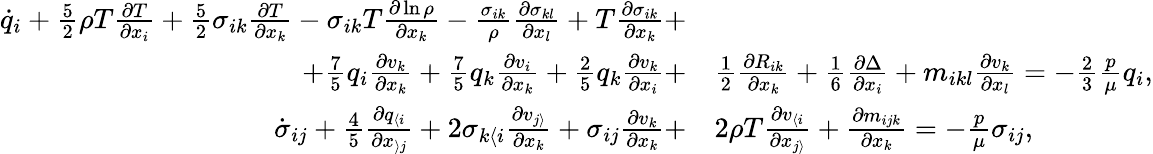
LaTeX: \begin{array}{rl}{\dot{q}_{i}+\frac{5}{2}\rho T\frac{\partial T}{\partial x_{i}}+\frac{5}{2}\sigma_{ik}\frac{\partial T}{\partial x_{k}}-\sigma_{ik}T\frac{\partial\ln\rho}{\partial x_{k}}-\frac{\sigma_{ik}}{\rho}\frac{\partial\sigma_{kl}}{\partial x_{l}}+T\frac{\partial\sigma_{ik}}{\partial x_{k}}+}&{}\\ {+\frac{7}{5}q_{i}\frac{\partial v_{k}}{\partial x_{k}}+\frac{7}{5}q_{k}\frac{\partial v_{i}}{\partial x_{k}}+\frac{2}{5}q_{k}\frac{\partial v_{k}}{\partial x_{i}}+}&{\frac{1}{2}\frac{\partial R_{ik}}{\partial x_{k}}+\frac{1}{6}\frac{\partial\Delta}{\partial x_{i}}+m_{ikl}\frac{\partial v_{k}}{\partial x_{l}}=-\frac{2}{3}\frac{p}{\mu}q_{i},}\\ {\dot{\sigma}_{ij}+\frac{4}{5}\frac{\partial q_{\langle i}}{\partial x_{\rangle j}}+2\sigma_{k\langle i}\frac{\partial v_{j\rangle}}{\partial x_{k}}+\sigma_{ij}\frac{\partial v_{k}}{\partial x_{k}}+}&{2\rho T\frac{\partial v_{\langle i}}{\partial x_{j\rangle}}+\frac{\partial m_{ijk}}{\partial x_{k}}=-\frac{p}{\mu}\sigma_{ij},}\end{array}